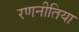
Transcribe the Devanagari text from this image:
रणनीतिया